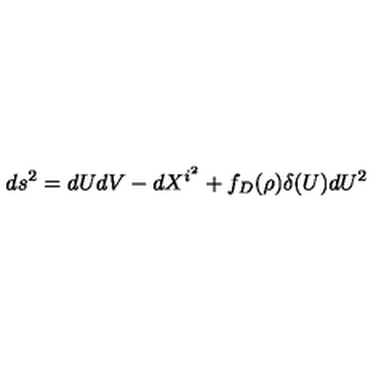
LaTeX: d s ^ { 2 } = d U d V - d X ^ { i ^ { 2 } } + f _ { D } ( \rho ) \delta ( U ) d U ^ { 2 }